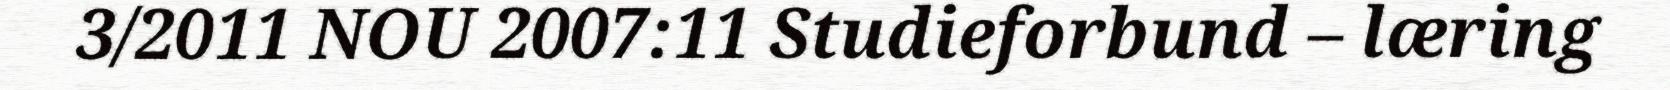
3/2011 NOU 2007:11 Studieforbund – læring